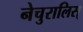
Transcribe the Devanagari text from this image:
नेचुरालिस्